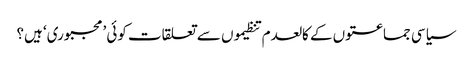
سیاسی جماعتوں کے کالعدم تنظیموں سے تعلقات کوئی ’مجبوری‘ ہیں؟